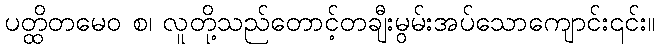
ပတ္ထိတမေဝ စ၊ လူတို့သည်တောင့်တချီးမွမ်းအပ်သောကျောင်း၎င်း။